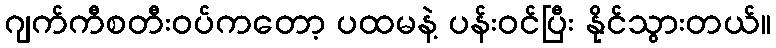
ဂျက်ကီစတီးဝပ်ကတော့ ပထမနဲ့ ပန်းဝင်ပြီး နိုင်သွားတယ်။